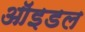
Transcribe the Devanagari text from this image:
ऑइडल